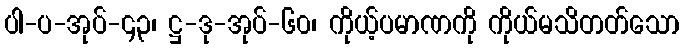
ပါ-ပ-အုပ်-၄၃၊ ဋ္ဌ-ဒု-အုပ်-၆၀၊ ကိုယ့်ပမာဏကို ကိုယ်မသိတတ်သော